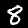
Label: 8